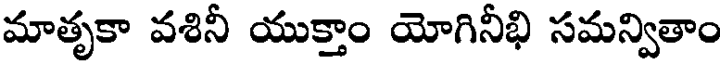
మాతృకా వశినీ యుక్తాం యోగినీభి సమన్వితాం